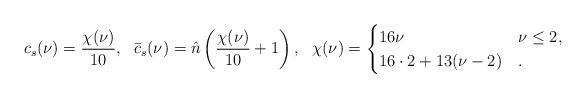
LaTeX: \begin{align*}c_s(\nu) = \frac{\chi(\nu)}{10},\ \ \bar{c}_s(\nu) = \hat{n} \left( \frac{\chi(\nu)}{10} + 1\right), \ \ \chi(\nu) = \begin{cases}16 \nu \quad& \nu \leq 2,\\ 16 \cdot 2 + 13 (\nu - 2) & .\end{cases}\end{align*}